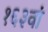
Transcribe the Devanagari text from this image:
१६३वां